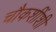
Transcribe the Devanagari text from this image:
चौकशींशी